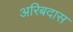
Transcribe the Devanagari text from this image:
अरिबदास